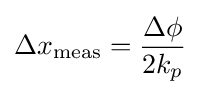
\Delta x_{\mathrm {meas} }={\frac {\Delta \phi }{2k_{p}}}